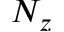
N _ { z }